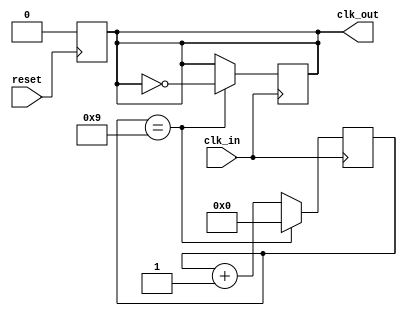
// This program was cloned from: https://github.com/phoeniX-Digital-Design/phoeniX
// License: GNU General Public License v3.0

module Clock_Generator 
#(
    parameter DIVIDER = 10
)
(
    input        reset,
    input        clk_in,    // Input clock
    output reg   clk_out    // Output clock
);

    reg [DIVIDER - 1 : 0] count = 0;        // Counter for clock division

    always @(posedge reset) begin           // Always needs a restart signal tp initialize output clock
        clk_out <= 1'b0;
    end

    always @(posedge clk_in) begin
        if (count == DIVIDER - 1) begin     // Reset counter when it reaches the division factor
            count <= 0;
            clk_out <= ~clk_out; 
        end else
            count <= count + 1;
    end

endmodule